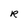
Character: R